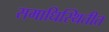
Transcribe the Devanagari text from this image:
समाधिस्थितीत